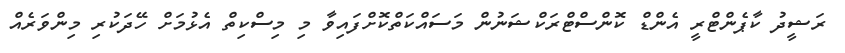
ރަޝީދު ކާޕެންޓްރީ އެންޑް ކޮންސްޓްރަކްޝަނުން މަސައްކަތްކޮށްފައިވާ މި މިސްކިތް އެޅުމަށް ހޭދަކުރި މިންވަރެއް